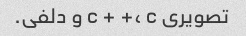
تصویری c + +، c و دلفی.